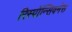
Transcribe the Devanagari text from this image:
रिस्पॉन्सिवनेस